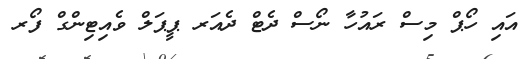
އައި ހޯޕް މިސް ރައުހާ ނޯސް ދެޓް ދެއަރ ޕީޕަލް ވެއިޓިންގް ފޯރ